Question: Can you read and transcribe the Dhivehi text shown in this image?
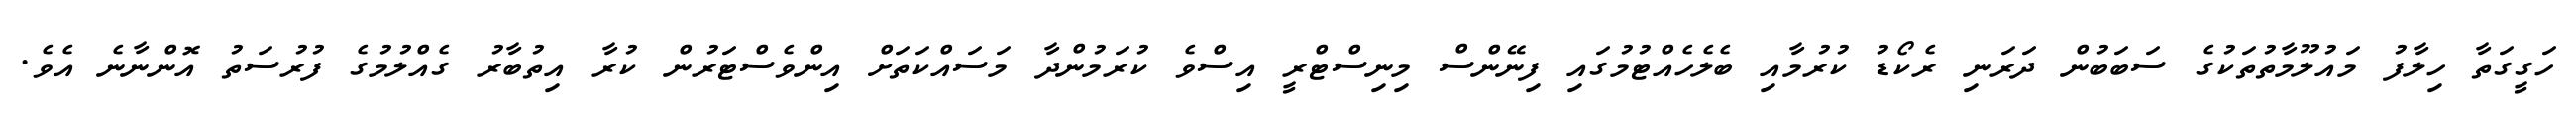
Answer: ހަގީގަތާ ހިލާފު މައުލޫމާތުތަކުގެ ސަބަބުން ދަރަނި ރެކޯޑު ކުރުމާއި ބެލެހެއްޓުމުގައި ފިނޭންސް މިނިސްޓްރީ އިސްވެ ކުރަމުންދާ މަސައްކަތަށް އިންވެސްޓަރުން ކުރާ އިތުބާރު ގެއްލުމުގެ ފުރުސަތު އޮންނާނެ އެވެ.